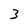
Character: 3